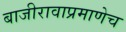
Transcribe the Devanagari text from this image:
बाजीरावाप्रमाणेच